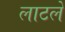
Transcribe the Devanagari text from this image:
लाटले